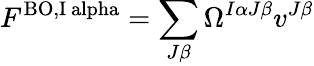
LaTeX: F^{\mathrm{{BO,}I\ alpha}}=\sum_{J\beta}\Omega^{I\alpha J\beta}v^{J\beta}